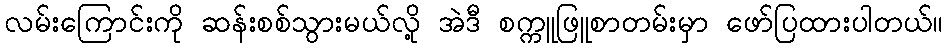
လမ်းကြောင်းကို ဆန်းစစ်သွားမယ်လို့ အဲဒီ စက္ကူဖြူစာတမ်းမှာ ဖော်ပြထားပါတယ်။